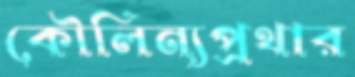
কৌলিন্যপ্রথার